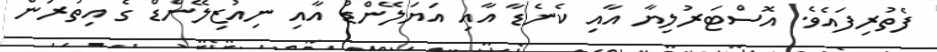
ފެތުރިފައެވެ. އޮސްޓަރުލިޔާ އާއި ކެނެޑާ އާއި އަޔަލޭންޑް އާއި ނިއުޒިލޭންޑް ގެ އިތުރުން